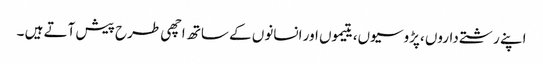
اپنے رشتے داروں ،پڑوسیوں، یتیموں اور انسانوں کے ساتھ اچھی طرح پیش آتے ہیں ۔